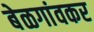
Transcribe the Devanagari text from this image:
बेळगांवकर